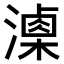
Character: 𣿚